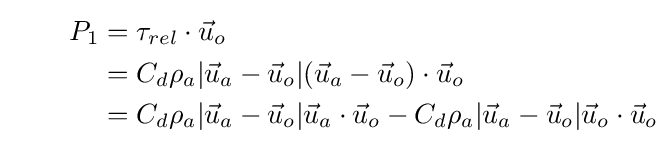
{\begin{aligned}\qquad P_{1}&=\tau _{rel}\cdot {\vec {u}}_{o}\\&=C_{d}\rho _{a}|{\vec {u}}_{a}-{\vec {u}}_{o}|({\vec {u}}_{a}-{\vec {u}}_{o})\cdot {\vec {u}}_{o}\\&=C_{d}\rho _{a}|{\vec {u}}_{a}-{\vec {u}}_{o}|{\vec {u}}_{a}\cdot {\vec {u}}_{o}-C_{d}\rho _{a}|{\vec {u}}_{a}-{\vec {u}}_{o}|{\vec {u}}_{o}\cdot {\vec {u}}_{o}\end{aligned}}